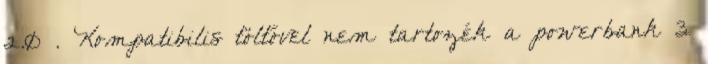
2.0 . Kompatibilis töltővel nem tartozék a powerbank 3